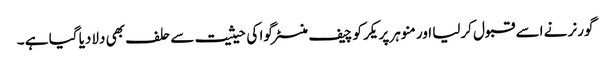
گورنر نے اسے قبول کرلیا اور منوہر پریکر کو چیف منسٹر گوا کی حیثیت سے حلف بھی دلادیا گیا ہے ۔